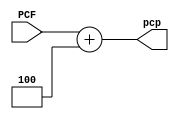
//`timescale 1ns / 1ps
//////////////////////////////////////////////////////////////////////////////////
// Company: 
// Engineer: 
// 
// Design Name: 
// Module Name: Counter
// Project Name: 
// Target Devices: 
// Tool Versions: 
// Description: 
// 
// Dependencies: 
// 
// Revision:
// Revision 0.01 - File Created
// Additional Comments:
// 
//////////////////////////////////////////////////////////////////////////////////


module Counter(  PCF ,pcp );


input [31:0]PCF ;
output [31:0]   pcp;




 assign pcp = PCF+4 ; 


endmodule